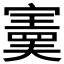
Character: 𫴂